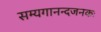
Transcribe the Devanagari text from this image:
सम्यगानन्दजनकः